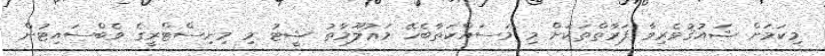
މިކަމަށް ޝައުޤުވެރިވާ ފަރާތްތަކަށް މި މަސައްކަތާބެހޭ މަޢުލޫމާތު ޝީޓު މި މިނިސްޓްރީގެ ވެބްސައިޓުން